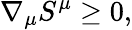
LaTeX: \nabla_{\mu}S^{\mu}\geq 0,